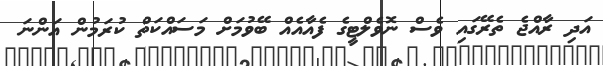
އަދި ރާއްޖެ ތެރޭގައި ވެސް ނޮވެލްޓީގެ ފެއާއެއް ބޭވުމަށް މަސައްކަތް ކުރަމުން އަންނަ